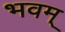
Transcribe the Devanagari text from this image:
भवम्